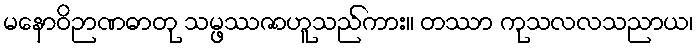
မနောဝိဉာဏဓာတု သမ္ဖဿဇာဟူသည်ကား။ တဿာ ကုသလလသညာယ၊